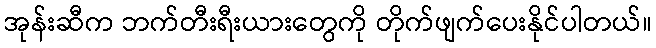
အုန်းဆီက ဘက်တီးရီးယားတွေကို တိုက်ဖျက်ပေးနိုင်ပါတယ်။